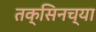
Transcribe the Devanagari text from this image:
तक्सिनच्या